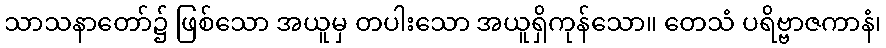
သာသနာတော်၌ ဖြစ်သော အယူမှ တပါးသော အယူရှိကုန်သော။ တေသံ ပရိဗ္ဗာဇကာနံ၊